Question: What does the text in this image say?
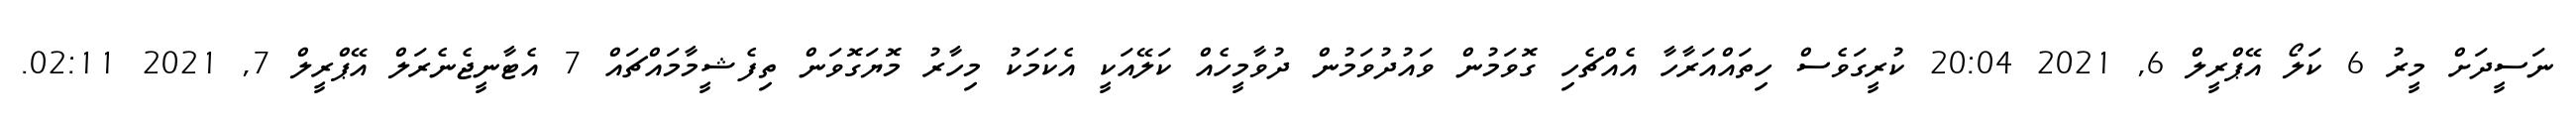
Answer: ނަސީދަށް މީރު 6 ކަލޯ އޭޕްރީލް 6, 2021 20:04 ކުރީގަވެސް ހިތައްއަރާހާ އެއްޗެހި ގޮވަމުން ވައުދުވަމުން ދުވާމީހެއް ކަލޭއަކީ އެކަމަކު މިހާރު މޮޔަގޮވަން ތިފެޝީމާމައްޗައް 7 އެޓާނީޖެނެރަލް އޭޕްރީލް 7, 2021 02:11.